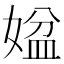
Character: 𡟆